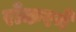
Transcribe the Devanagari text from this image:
रोकरने